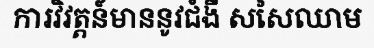
ការវិវត្តន៍មាននូវជំងឺ សសៃឈាម